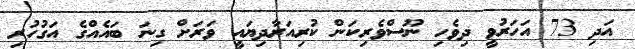
އަދި 73 އަހަރުވީ ދިވެހި ނޫސްވެރިކަން ކުރިއަރާދިޔައީ ވަރަށް ގިނަ ބައެއްގެ އަގުހުރި